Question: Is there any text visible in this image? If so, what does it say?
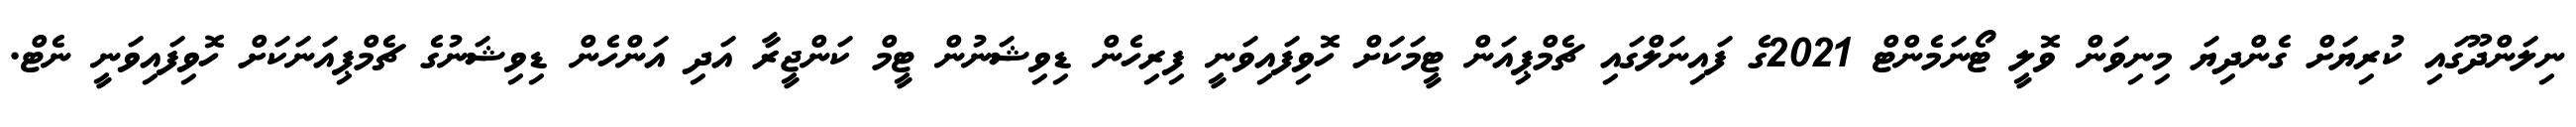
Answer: ނިލަންދޫގައި ކުރިޔަށް ގެންދިޔަ މިނިވަން ވޮލީ ޓޯނަމެންޓް 2021ގެ ފައިނަލްގައި ޗެމްޕިއަން ޓީމަކަށް ހޮވިފައިވަނީ ފިރިހެން ޑިވިޝަނުން ޓީމް ކަންޖީރާ އަދި އަންހެން ޑިވިޝަނުގެ ޗެމްޕިއަނަކަށް ހޮވިފައިވަނީ ނެޓް.